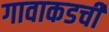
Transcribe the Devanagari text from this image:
गावाकडची